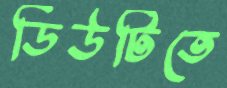
ডিউটিতে